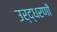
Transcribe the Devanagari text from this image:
उर्द्धरणों